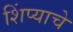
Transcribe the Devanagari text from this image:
शिंप्याचे